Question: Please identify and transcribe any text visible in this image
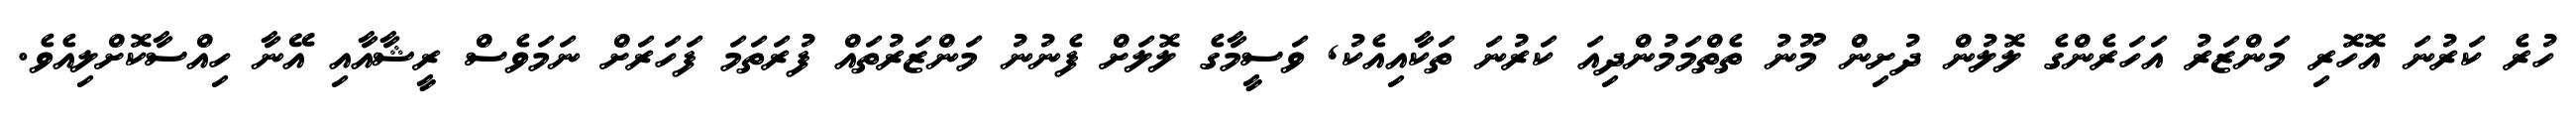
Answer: ހުރެ ކަރުނަ އޮހޮރި މަންޒަރު އަހަރެންގެ ލޮލުން ދުށިން މޫނު ތެތްމަމުންދިއަ ކަރުނަ ތަކާއިއެކު, ވަސީމާގެ ލޮލަށް ފެނުނު މަންޒަރުތައް ފުރަތަމަ ފަހަރަށް ނަމަވެސް ރީޝާއާއި އޭނާ ހިއްސާކޮށްލިއެވެ.